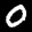
Label: 0